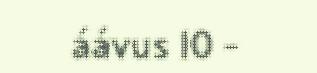
áávus 10 -